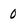
Character: 0